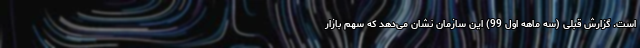
است. گزارش قبلی (سه ماهه اول 99) این سازمان نشان می‌دهد که سهم بازار